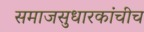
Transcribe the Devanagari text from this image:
समाजसुधारकांचीच